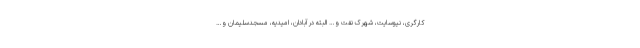
کارگری، نیوسایت، شهرک نفت و… البته در آبادان، امیدیه، مسجدسلیمان و…